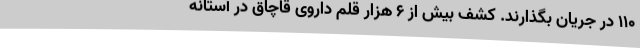
110 در جریان بگذارند. کشف بیش از 6 هزار قلم داروی قاچاق در آستانه